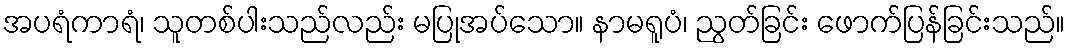
အပရံကာရံ၊ သူတစ်ပါးသည်လည်း မပြုအပ်သော။ နာမရူပံ၊ ညွတ်ခြင်း ဖောက်ပြန်ခြင်းသည်။